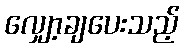
လျှော့ချပေးသည့်